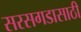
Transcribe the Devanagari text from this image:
सरसगडासाठी